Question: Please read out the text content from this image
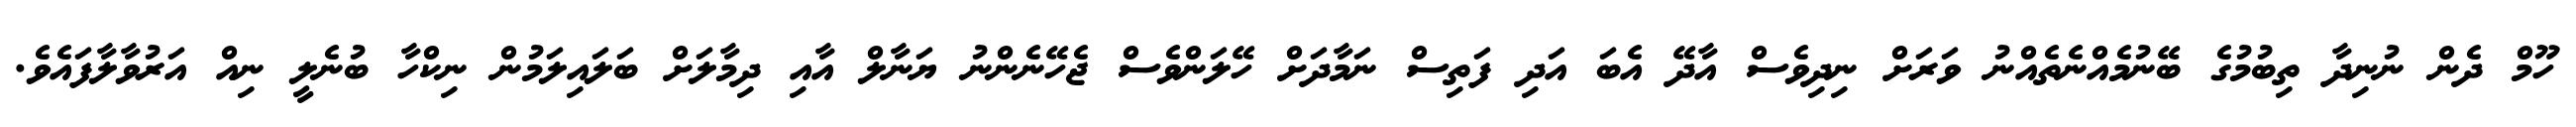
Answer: ހޫމް ދެން ނުނިދާ ތިބުމުގެ ބޭނުމެއްނެތެއްނު ވަރަށް ނިދިވެސް އާދޭ އެބަ އަދި ފަތިސް ނަމާދަށް ހޭލަންވެސް ޖެހޭނެންނު ޔަނާލް އާއި ދިމާލަށް ބަލައިލަމުން ނިކްހާ ބުނެލީ ނިއް އަރުވާލާފައެވެ.